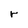
Character: r